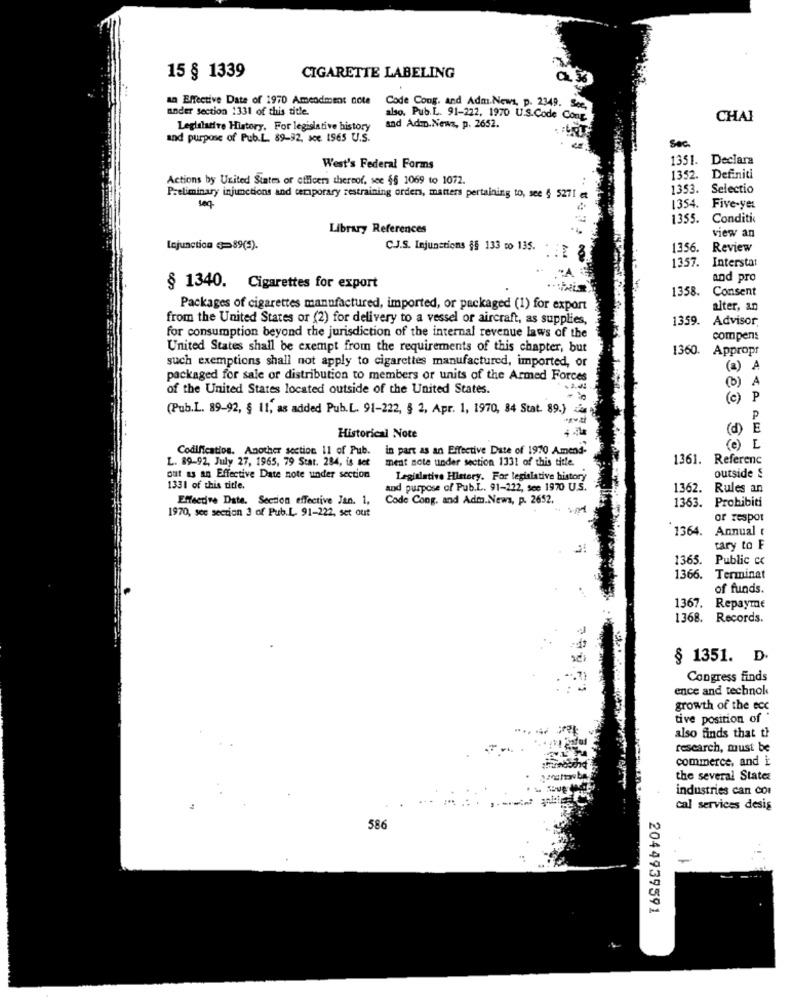
15 § 1339
CIGARETTE LABELING
an Effective Date of 1970 Amendment note
Code Cong. and Adm.News, p. 2349.
under section 1331 of this title.
also. Pub.L. 91-222, 1970 U.S.Code Co
CHAI
Legislative History. For legislative history
and Adm.News, p. 2652.
and purpose of Pub.L. 89-92, see. 1965 U.S.
Sec.
1351. Declara
West's Federal Forms
Actions by United States or officers thereof. see §§ 1069 to 1072.
1352. Definiti
1353. Selectio
Preliminary injunctions and temporary restraining order, matters pertaining to, see § 5271 et
464
1354. Five-yes
1355.
Conditie
Library References
view an
[cjunction =89(3).
C.J.S. Injunctions §§ 133 co 135.
1356.
Review
1357.
Interstat
and pro
§ 1340. Cigarettes for export
1358.
Consent
Packages of cigarettes manufactured, imported, or packaged (1) for export
alter, an
from the United States or (2) for delivery to a vessel or aircraft, as supplies,
1359.
Advisor
for consumption beyond the jurisdiction of the internal revenue laws of the
compens
United States shall be exempt from the requirements of this chapter, but
1360.
Appropr
such exemptions shall not apply to cigarettes manufactured, imported, or
(2)
A
packaged for sale or distribution to members or units of the Armed Forces
(b)
of the United States located outside of the United States.
(c)
P
(Pub.L. 89-92, § 11, as added Pub.L. 91-222, § 2, Apr. 1, 1970, 84 Stat. 89.)
P
d)E
Historical Note
Codification. Another section 11 of Pub.
in part as an Effective Date of 1970 Amend-
L. 89-92, July 27, 1965, 79 Stat. 284, is set
ment note under section 1331 of this title.
1361. Referenc
out as an Effective Date note under section
Legislative History. For legislative history
outside §
1331 of this title.
and purpose of Pub.L. 91-222, see 1970 U.S.
1362. Rules an
Effective Date. Section effective Jan. 1,
Code Cong. and Adm. News, p. 2652.
1363. Probibiti
1970, see section 3 of Pub.L. 91-222, set out
or zespot
1364.
Annual
cary to F
1365. Public cc
1366. Terminat
of funds.
1367. Repayme
1368. Records.
§ 1351. D.
Congress finds
ence and technok
growth of the ecc
tive position of "
also finds that th
research, must be
commerce, and È
the several States
industries can cor
cal services desig
586
2044939591